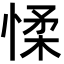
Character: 𢜸